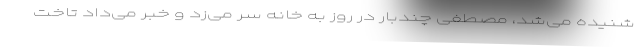
شنیده می‌شد، مصطفی چندبار در روز به خانه سر می‌زد و خبر می‌داد تاخت